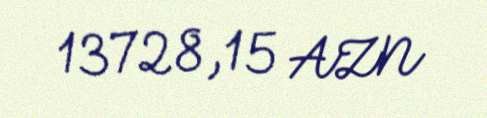
13728,15 AZN